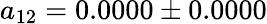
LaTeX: a_{12}=0.0000\pm 0.0000